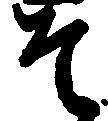
そ